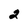
Character: 2